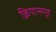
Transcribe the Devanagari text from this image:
क्रियासमूह